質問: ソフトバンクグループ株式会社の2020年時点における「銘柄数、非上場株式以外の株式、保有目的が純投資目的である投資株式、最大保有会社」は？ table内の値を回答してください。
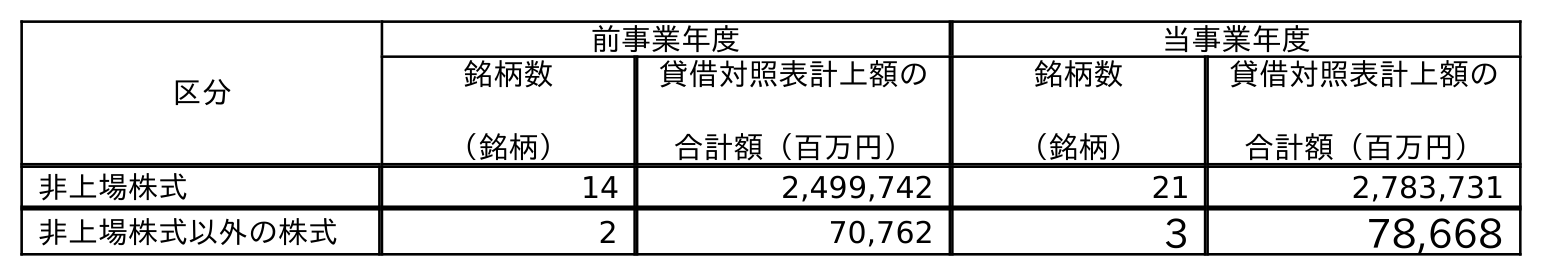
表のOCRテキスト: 区分 前事業年度 当事業年度 銘柄数 （銘柄） 貸借対照表計上額の 合計額（百万円） 銘柄数 （銘柄） 貸借対照表計上額の 合計額（百万円） 非上場株式 14 2,499,742 21 2,783,731 非上場株式以外の株式 2 70,762 3 78,668
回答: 3